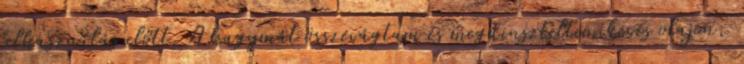
felhasználás előtt. A hagymát összevágtam és megdinszteltem kevés olajon,